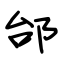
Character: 邰